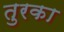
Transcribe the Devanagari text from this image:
तुरका